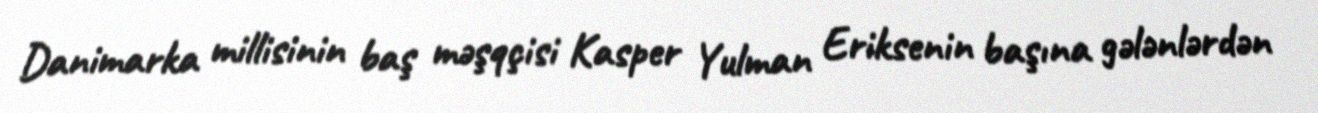
Danimarka millisinin baş məşqçisi Kasper Yulman Eriksenin başına gələnlərdən